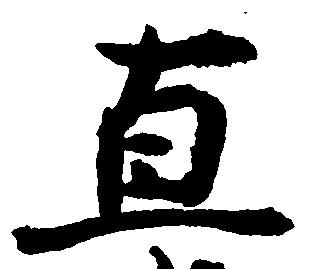
直